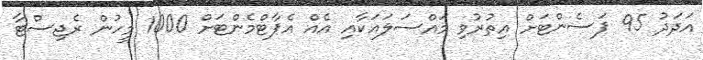
އަދަދު 95 ޕަސެންޓަށް އިތުރުވި މައްސަލައަކާއި އެއް އެޕާޓްމެންޓަށް 1000 މީހުން ރެޖިސްޓާ